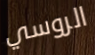
الروسي